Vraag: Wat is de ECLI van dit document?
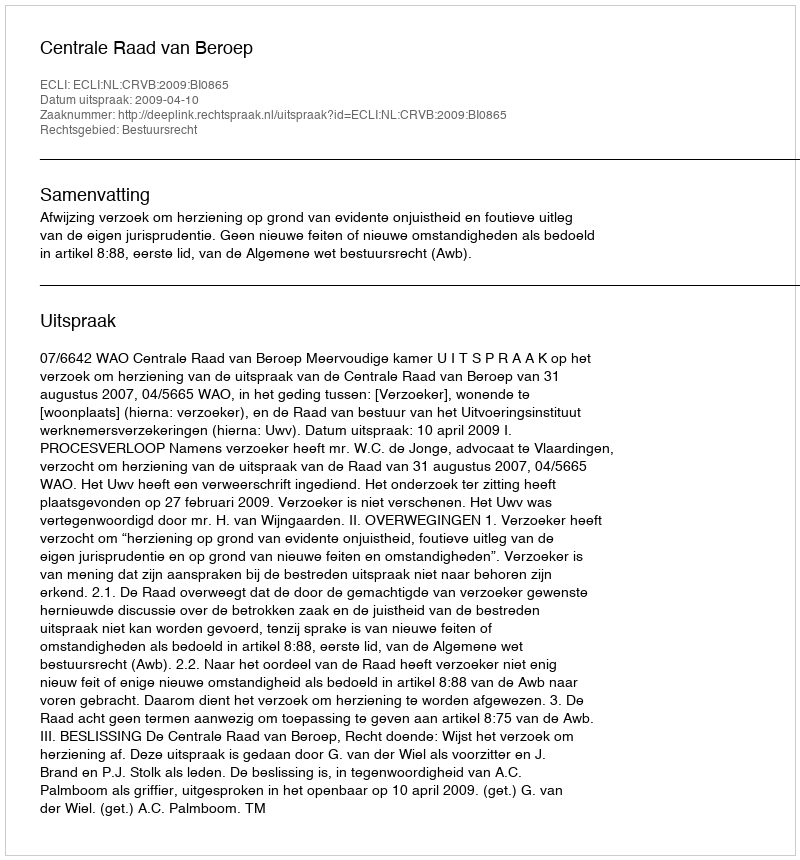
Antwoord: ECLI:NL:CRVB:2009:BI0865